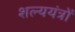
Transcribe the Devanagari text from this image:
शल्ययंत्रों